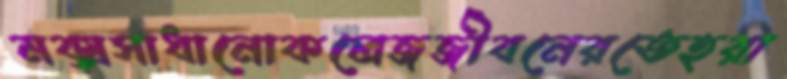
মক্সসাধানোকলেজজীবনেরতেহরা